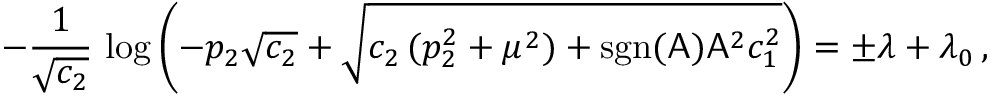
- \frac { 1 } { \sqrt { c _ { 2 } } } \, \log \left( - p _ { 2 } \sqrt { c _ { 2 } } + \sqrt { c _ { 2 } \, ( p _ { 2 } ^ { 2 } + \mu ^ { 2 } ) + \mathrm { s g n } ( \mathsf { A } ) \mathsf { A } ^ { 2 } c _ { 1 } ^ { 2 } } \right) = \pm \lambda + \lambda _ { 0 } \, ,